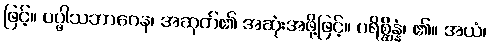
ဖြင့်။ ပပ္ဖါသဘာဂေန၊ အဆုတ်၏ အဆုံးအဖို့ဖြင့်။ ပရိစ္ဆိန္နံ၊ ၏။ အယံ၊